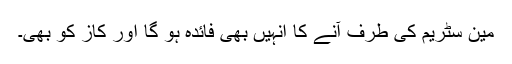
مین سٹریم کی طرف آنے کا انہیں بھی فائدہ ہو گا اور کاز کو بھی۔